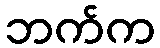
ဘက်က